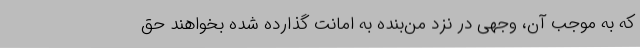
که به موجب آن، وجهی در نزد من‌بنده به امانت گذارده شده بخواهند حق